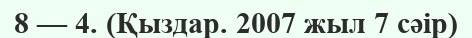
8 — 4. (Қыздар. 2007 жыл 7 сәір)